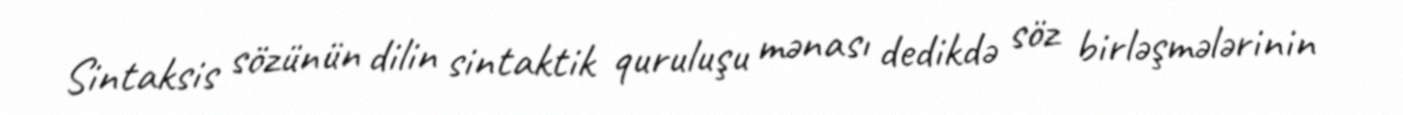
Sintaksis sözünün dilin sintaktik quruluşu mənası dedikdə söz birləşmələrinin